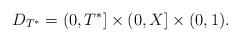
LaTeX: \begin{align*} D_{T^*}= (0,T^*]\times(0,X]\times(0,1). \end{align*}